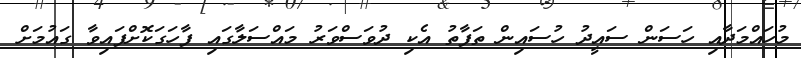
މުހައްމަދާއި ހަސަން ސައީދު ހުސައިން ތަފާތު އެކި ދުވަސްވަރު މައްސަލާގައި ފާހަގަކޮށްފައިވާ ގައުމަށް